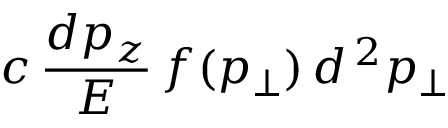
c \, { \frac { d p _ { z } } { E } } \, f ( p _ { \perp } ) \, d ^ { \, 2 } p _ { \perp }